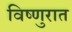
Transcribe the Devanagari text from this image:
विष्णुरात